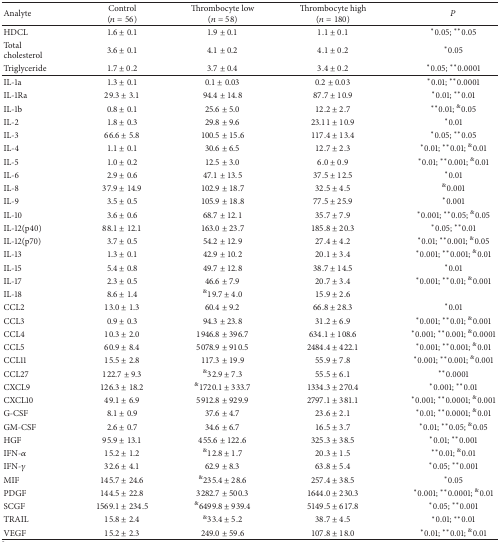
<table><thead><tr><td><b>Analyte</b></td><td><b>Control (<i>n</i> = 56)</b></td><td><b>Thrombocyte low(<i>n</i> = 58)</b></td><td><b>Thrombocyte high(<i>n</i> = 180)</b></td><td><b><i>P</i></b></td></tr></thead><tbody><tr><td>HDCL</td><td>1.6 ± 0.1</td><td>1.9 ± 0.1</td><td>1.1 ± 0.1</td><td><sup><i>∗</i></sup>0.05; <sup><i>∗∗</i></sup>0.05</td></tr><tr><td>Total cholesterol</td><td>3.6 ± 0.1</td><td>4.1 ± 0.2</td><td>4.1 ± 0.2</td><td><sup><i>∗</i></sup>0.05</td></tr><tr><td>Triglyceride</td><td>1.7 ± 0.2</td><td>3.7 ± 0.4</td><td>3.4 ± 0.2</td><td><sup><i>∗</i></sup>0.05; <sup><i>∗∗</i></sup>0.0001</td></tr><tr><td>IL-1a</td><td>1.3 ± 0.1</td><td>0.1 ± 0.03</td><td>0.2 ± 0.03</td><td><sup><i>∗</i></sup>0.01; <sup><i>∗∗</i></sup>0.0001</td></tr><tr><td>IL-1Ra</td><td>29.3 ± 3.1</td><td>94.4 ± 14.8</td><td>87.7 ± 10.9</td><td><sup><i>∗</i></sup>0.01; <sup><i>∗∗</i></sup>0.01</td></tr><tr><td>IL-1b</td><td>0.8 ± 0.1</td><td>25.6 ± 5.0</td><td>12.2 ± 2.7</td><td><sup><i>∗∗</i></sup>0.01; <sup>&amp;</sup>0.05</td></tr><tr><td>IL-2</td><td>1.8 ± 0.3</td><td>29.8 ± 9.6</td><td>23.11 ± 10.9</td><td><sup><i>∗</i></sup>0.01</td></tr><tr><td>IL-3</td><td>66.6 ± 5.8</td><td>100.5 ± 15.6</td><td>117.4 ± 13.4</td><td><sup><i>∗</i></sup>0.05; <sup><i>∗∗</i></sup>0.05</td></tr><tr><td>IL-4</td><td>1.1 ± 0.1</td><td>30.6 ± 6.5</td><td>12.7 ± 2.3</td><td><sup><i>∗</i></sup>0.01; <sup><i>∗∗</i></sup>0.01; <sup>&amp;</sup>0.01</td></tr><tr><td>IL-5</td><td>1.0 ± 0.2</td><td>12.5 ± 3.0</td><td>6.0 ± 0.9</td><td><sup><i>∗</i></sup>0.01; <sup><i>∗∗</i></sup>0.001; <sup>&amp;</sup>0.01</td></tr><tr><td>IL-6</td><td>2.9 ± 0.6</td><td>47.1 ± 13.5</td><td>37.5 ± 12.5</td><td><sup><i>∗</i></sup>0.01</td></tr><tr><td>IL-8</td><td>37.9 ± 14.9</td><td>102.9 ± 18.7</td><td>32.5 ± 4.5</td><td><sup>&amp;</sup>0.001</td></tr><tr><td>IL-9</td><td>3.5 ± 0.5</td><td>105.9 ± 18.8</td><td>77.5 ± 25.9</td><td><sup><i>∗</i></sup>0.001</td></tr><tr><td>IL-10</td><td>3.6 ± 0.6</td><td>68.7 ± 12.1</td><td>35.7 ± 7.9</td><td><sup><i>∗</i></sup>0.001; <sup><i>∗∗</i></sup>0.05; <sup>&amp;</sup>0.05</td></tr><tr><td>IL-12(p40)</td><td>88.1 ± 12.1</td><td>163.0 ± 23.7</td><td>185.8 ± 20.3</td><td><sup><i>∗</i></sup>0.05; <sup><i>∗∗</i></sup>0.01</td></tr><tr><td>IL-12(p70)</td><td>3.7 ± 0.5</td><td>54.2 ± 12.9</td><td>27.4 ± 4.2</td><td><sup><i>∗</i></sup>0.01; <sup><i>∗∗</i></sup>0.001; <sup>&amp;</sup>0.05</td></tr><tr><td>IL-13</td><td>1.3 ± 0.1</td><td>42.9 ± 10.2</td><td>20.1 ± 3.4</td><td><sup><i>∗</i></sup>0.001; <sup><i>∗∗</i></sup>0.001; <sup>&amp;</sup>0.01</td></tr><tr><td>IL-15</td><td>5.4 ± 0.8</td><td>49.7 ± 12.8</td><td>38.7 ± 14.5</td><td><sup><i>∗</i></sup>0.01</td></tr><tr><td>IL-17</td><td>2.3 ± 0.5</td><td>46.6 ± 7.9</td><td>20.7 ± 3.4</td><td><sup><i>∗</i></sup>0.001; <sup><i>∗∗</i></sup>0.01; <sup>&amp;</sup>0.001</td></tr><tr><td>IL-18</td><td>8.6 ± 1.4</td><td><sup>&amp;</sup>19.7 ± 4.0</td><td>15.9 ± 2.6</td><td> </td></tr><tr><td>CCL2</td><td>13.0 ± 1.3</td><td>60.4 ± 9.2</td><td>66.8 ± 28.3</td><td><sup><i>∗</i></sup>0.01</td></tr><tr><td>CCL3</td><td>0.9 ± 0.3</td><td>94.3 ± 23.8</td><td>31.2 ± 6.9</td><td><sup><i>∗</i></sup>0.001; <sup><i>∗∗</i></sup>0.01; <sup>&amp;</sup>0.001</td></tr><tr><td>CCL4</td><td>10.3 ± 2.0</td><td>1946.8 ± 396.7</td><td>634.1 ± 108.6</td><td><sup><i>∗</i></sup>0.001; <sup><i>∗∗</i></sup>0.001; <sup>&amp;</sup>0.0001</td></tr><tr><td>CCL5</td><td>60.9 ± 8.4</td><td>5078.9 ± 910.5</td><td>2484.4 ± 422.1</td><td><sup><i>∗</i></sup>0.001; <sup><i>∗∗</i></sup>0.001; <sup>&amp;</sup>0.01</td></tr><tr><td>CCL11</td><td>15.5 ± 2.8</td><td>117.3 ± 19.9</td><td>55.9 ± 7.8</td><td><sup><i>∗</i></sup>0.001; <sup><i>∗∗</i></sup>0.001; <sup>&amp;</sup>0.001</td></tr><tr><td>CCL27</td><td>122.7 ± 9.3</td><td><sup>&amp;</sup>32.9 ± 7.3</td><td>55.5 ± 6.1</td><td><sup><i>∗∗</i></sup>0.0001</td></tr><tr><td>CXCL9</td><td>126.3 ± 18.2</td><td><sup>&amp;</sup>1720.1 ± 333.7</td><td>1334.3 ± 270.4</td><td><sup><i>∗</i></sup>0.001; <sup><i>∗∗</i></sup>0.01</td></tr><tr><td>CXCL10</td><td>49.1 ± 6.9</td><td>5912.8 ± 929.9</td><td>2797.1 ± 381.1</td><td><sup><i>∗</i></sup>0.001; <sup><i>∗∗</i></sup>0.0001; <sup>&amp;</sup>0.001</td></tr><tr><td>G-CSF</td><td>8.1 ± 0.9</td><td>37.6 ± 4.7</td><td>23.6 ± 2.1</td><td><sup><i>∗</i></sup>0.01; <sup><i>∗∗</i></sup>0.0001; <sup>&amp;</sup>0.01</td></tr><tr><td>GM-CSF</td><td>2.6 ± 0.7</td><td>34.6 ± 6.7</td><td>16.5 ± 3.7</td><td><sup><i>∗</i></sup>0.01; <sup><i>∗∗</i></sup>0.05; <sup>&amp;</sup>0.05</td></tr><tr><td>HGF</td><td>95.9 ± 13.1</td><td>455.6 ± 122.6</td><td>325.3 ± 38.5</td><td><sup><i>∗</i></sup>0.01; <sup><i>∗∗</i></sup>0.001</td></tr><tr><td>IFN-<i>α</i></td><td>15.2 ± 1.2</td><td><sup>&amp;</sup>12.8 ± 1.7</td><td>20.3 ± 1.5</td><td><sup><i>∗∗</i></sup>0.01; <sup>&amp;</sup>0.01</td></tr><tr><td>IFN-<i>γ</i></td><td>32.6 ± 4.1</td><td>62.9 ± 8.3</td><td>63.8 ± 5.4</td><td><sup><i>∗</i></sup>0.05; <sup><i>∗∗</i></sup>0.001</td></tr><tr><td>MIF</td><td>145.7 ± 24.6</td><td><sup>&amp;</sup>235.4 ± 28.6</td><td>257.4 ± 38.5</td><td><sup><i>∗</i></sup>0.05</td></tr><tr><td>PDGF</td><td>144.5 ± 22.8</td><td>3282.7 ± 500.3</td><td>1644.0 ± 230.3</td><td><sup><i>∗</i></sup>0.001; <sup><i>∗∗</i></sup>0.0001; <sup>&amp;</sup>0.01</td></tr><tr><td>SCGF</td><td>1569.1 ± 234.5</td><td><sup>&amp;</sup>6499.8 ± 939.4</td><td>5149.5 ± 617.8</td><td><sup><i>∗</i></sup>0.05; <sup><i>∗∗</i></sup>0.001</td></tr><tr><td>TRAIL</td><td>15.8 ± 2.4</td><td><sup>&amp;</sup>33.4 ± 5.2</td><td>38.7 ± 4.5</td><td><sup><i>∗</i></sup>0.01; <sup><i>∗∗</i></sup>0.01</td></tr><tr><td>VEGF</td><td>15.2 ± 2.3</td><td>249.0 ± 59.6</td><td>107.8 ± 18.0</td><td><sup><i>∗</i></sup>0.01; <sup><i>∗∗</i></sup>0.01; <sup>&amp;</sup>0.01</td></tr></tbody></table>